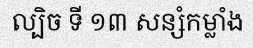
ល្បិច ទី ១៣ សន្សំកម្លាំង